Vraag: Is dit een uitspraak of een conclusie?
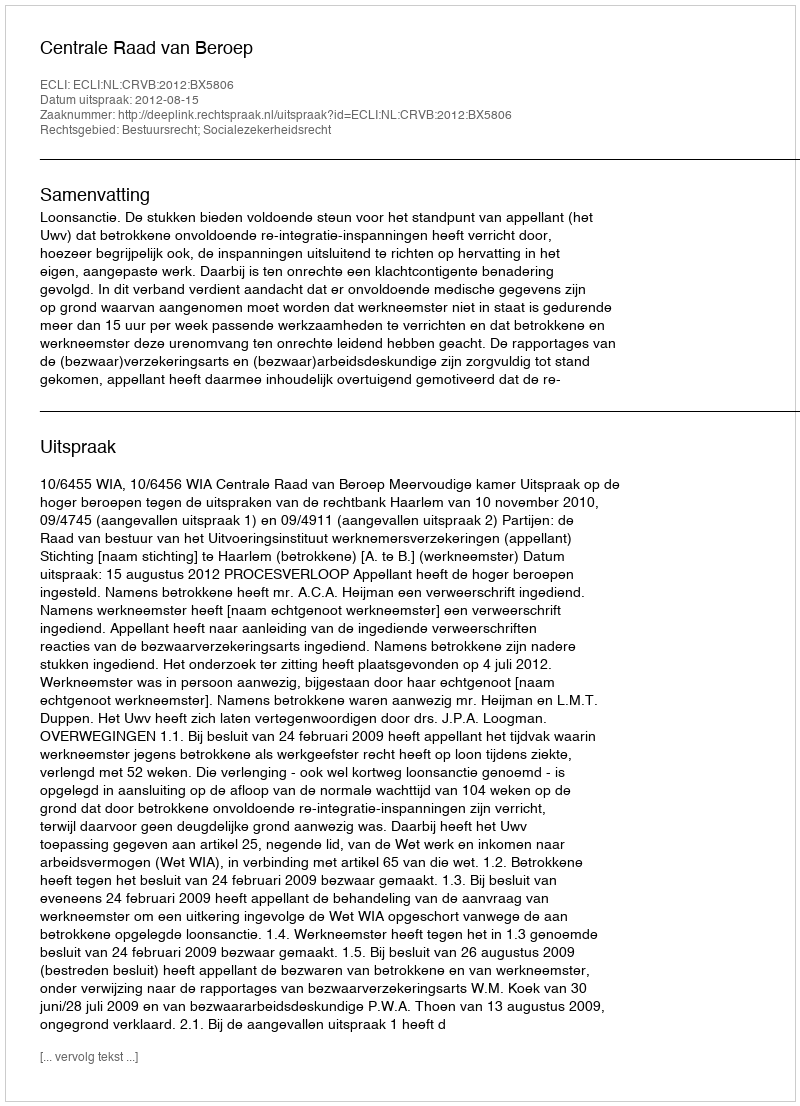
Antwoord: Uitspraak